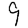
Digit: 9